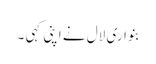
بنواری لال نے اپنی کہی ۔